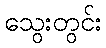
သွေးတွင်း